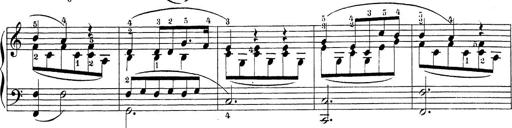
Title: Sonatina Album
Composer: Louis KÃ¶hler